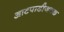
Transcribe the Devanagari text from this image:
आटपाडीजवळ